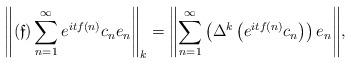
LaTeX: \begin{align*}\left\|(\mathfrak{f})\sum\limits_{n=1}^{\infty} e^{i t f(n)} c_{n} e_n\right\|_{k} &= \Biggl\|\sum\limits_{n=1}^{\infty}\left(\Delta^k \left(e^{i t f(n)}c_{n}\right)\right) e_n\Biggr\|,\end{align*}